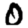
Digit: 0